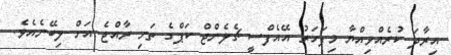
އިރާދަ ކުރެއްވިއްޔާ މިފަހަރު އޭއެފްސީ ޗެލެންޖް ކަޕްގެ ތަށި ރާއްޖެ އަށް ލިބޭނެއެވެ.